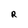
Character: R